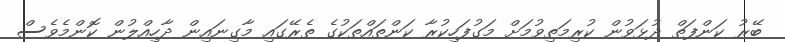
ބޭރު ކަންފަތް ދުޅަވުން ކުރިމަތިވުމަށް މަގުފަހިކުރާ ކަންތައްތަކުގެ ތެރޭގައި މާގިނައިން ދާހިއްލުން ކޮންމެވެސް